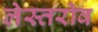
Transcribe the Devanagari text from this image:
लेस्तरोव